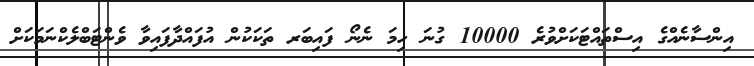
އިންސާނެއްގެ އިސްތައްޓަކަށްވުރެ 10000 ގުނަ ހިމަ ނެނޯ ފައިބަރ ތަކަކުން އުފައްދާފައިވާ ވެންޓަބްލެކްނަމަކަށް